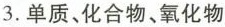
3.单质、化合物、氧化物